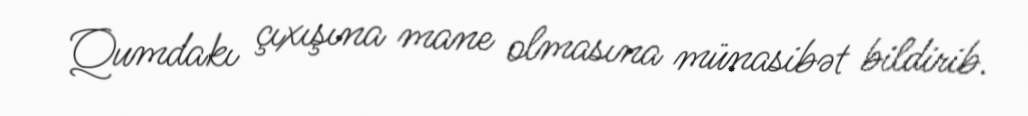
Qumdakı çıxışına mane olmasına münasibət bildirib.